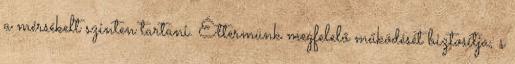
a mérsékelt szinten tartani. Éttermünk megfelelő működését biztosítja, s